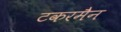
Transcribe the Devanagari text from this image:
टकरमैन